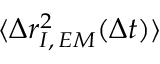
\langle \Delta r _ { I , \, E M } ^ { 2 } ( \Delta t ) \rangle